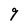
Character: 9